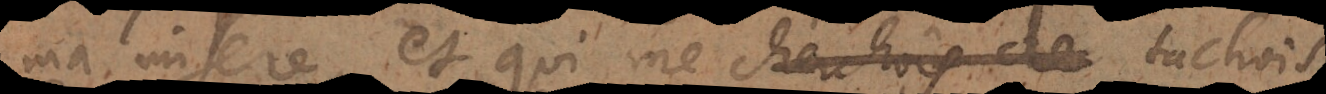
ma misere, et qui ne cherchois de tachois